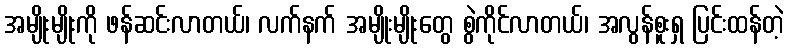
အမျိုးမျိုးကို ဖန်ဆင်းလာတယ်၊ လက်နက် အမျိုးမျိုးတွေ စွဲကိုင်လာတယ်၊ အလွန်စူးရှ ပြင်းထန်တဲ့